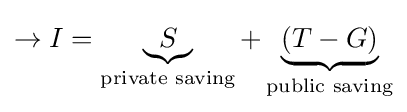
\to I=\underbrace {S} _{\text{private saving}}+\underbrace {(T-G)} _{\text{public saving}}